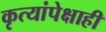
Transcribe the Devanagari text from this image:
कृत्यांपेक्षाही